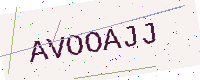
Text: AVOOAJJ